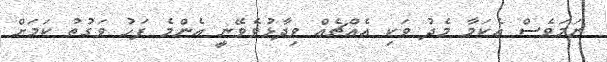
ނަމަވެސް އެކަމާ މެދު ވަކި އެއްޗެއް ވިދާޅުވެވޭނީ އެންމެ ފަހު ވަގުތު ކަމަށް